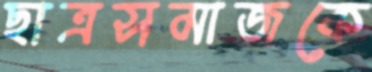
ছাত্রসমাজকে